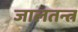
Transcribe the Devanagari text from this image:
जालतन्त्र